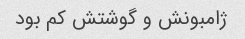
ژامبونش و گوشتش کم بود